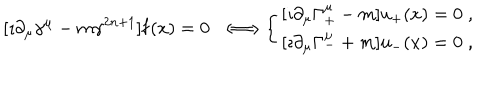
\displaystyle [ \imath \partial _ { \mu } \gamma ^ { \mu } - m \gamma ^ { 2 n + 1 } ] { \bf f } ( x ) = 0 \; \; \Longleftrightarrow \left\{ \begin{array} { c } { { [ \imath \partial _ { \mu } \Gamma _ { + } ^ { \mu } - m ] u _ { + } ( x ) = 0 \; , \nonumber } } \\ { { \displaystyle [ \imath \partial _ { \mu } \Gamma _ { - } ^ { \mu } + m ] u _ { - } ( x ) = 0 \; , } } \\ \end{array} \right.